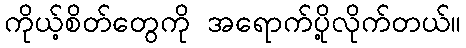
ကိုယ့်စိတ်တွေကို အရောက်ပို့လိုက်တယ်။